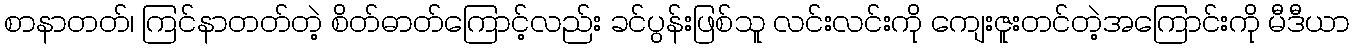
စာနာတတ်၊ ကြင်နာတတ်တဲ့ စိတ်ဓာတ်ကြောင့်လည်း ခင်ပွန်းဖြစ်သူ လင်းလင်းကို ကျေးဇူးတင်တဲ့အကြောင်းကို မီဒီယာ